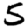
Digit: 5